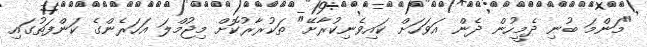
"މަންމަ ބުނި ދެމީހުން ދެން އަވަހަށް ކައިވެނިކުރާށޭ" ތަކުރާރުކޮށް މިޖުމްލަ އަހަރެންގެ ކަންފަތުގައި